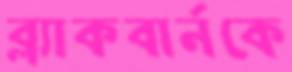
ব্ল্যাকবার্নকে